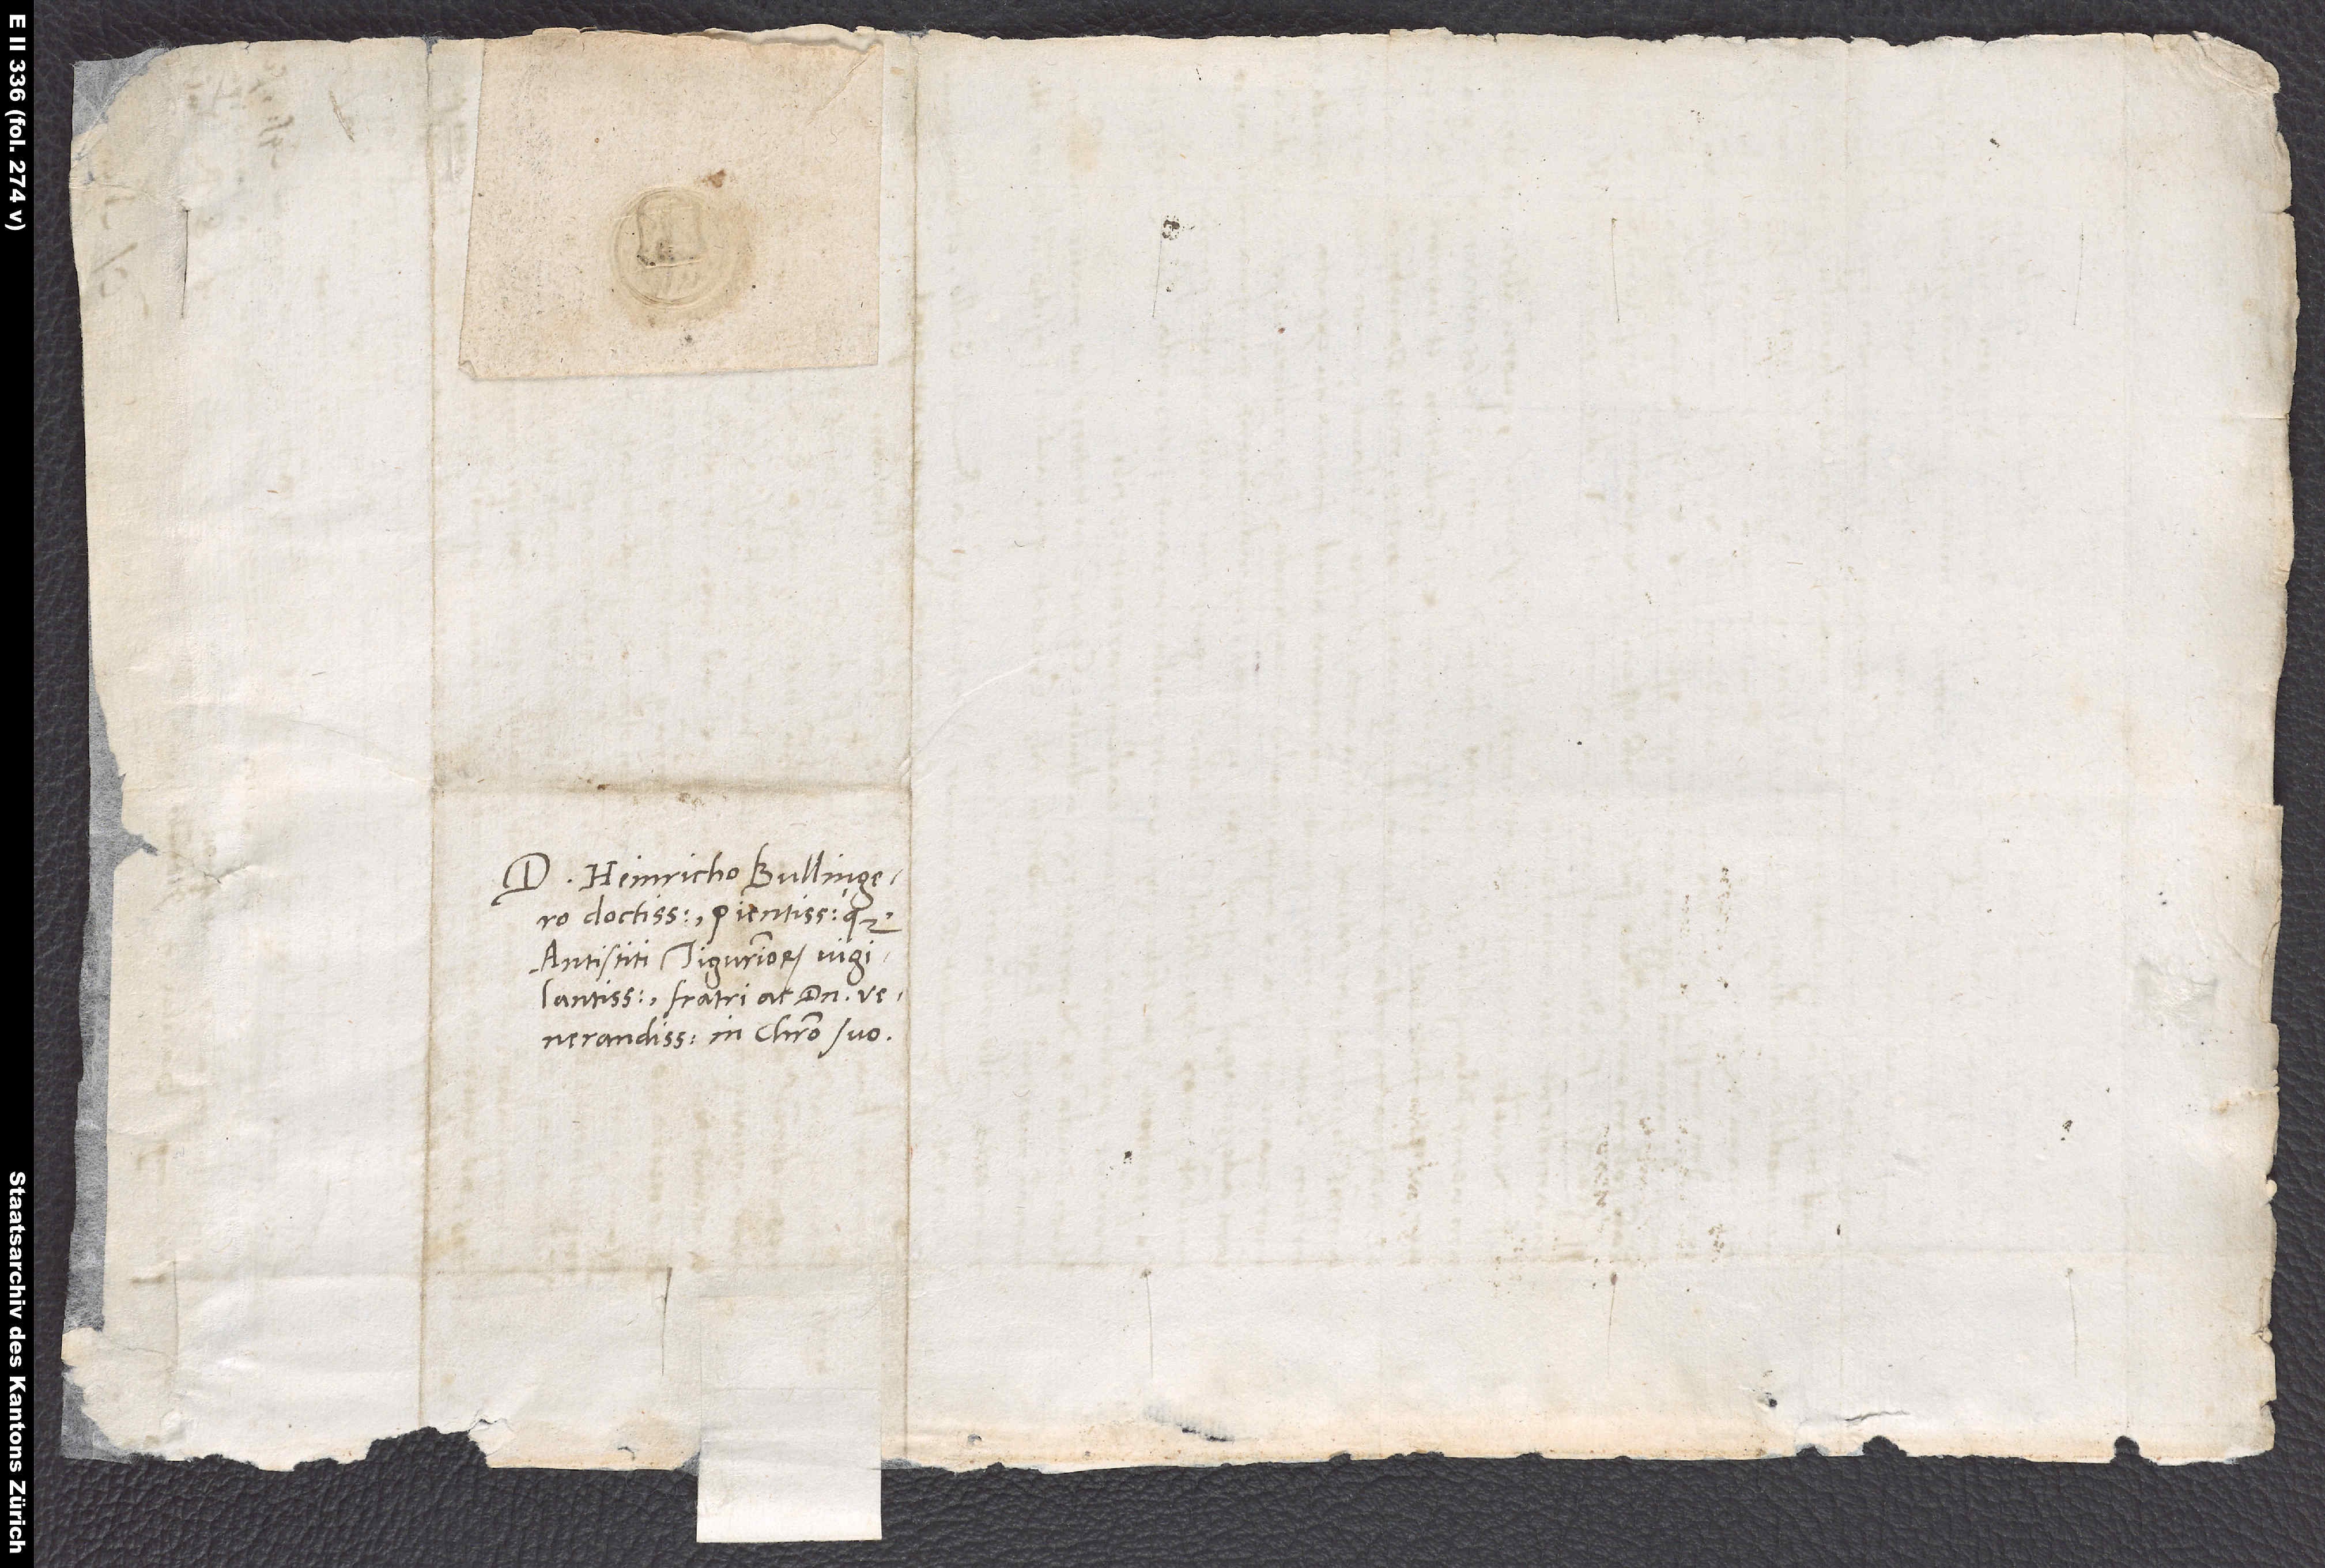
D. Heinricho Bullingero
doctissimo pientissimoque,
vigilantissimo, fratri ac domino
venerandissimo in Christo suo.